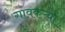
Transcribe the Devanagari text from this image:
गावकऱ्यां